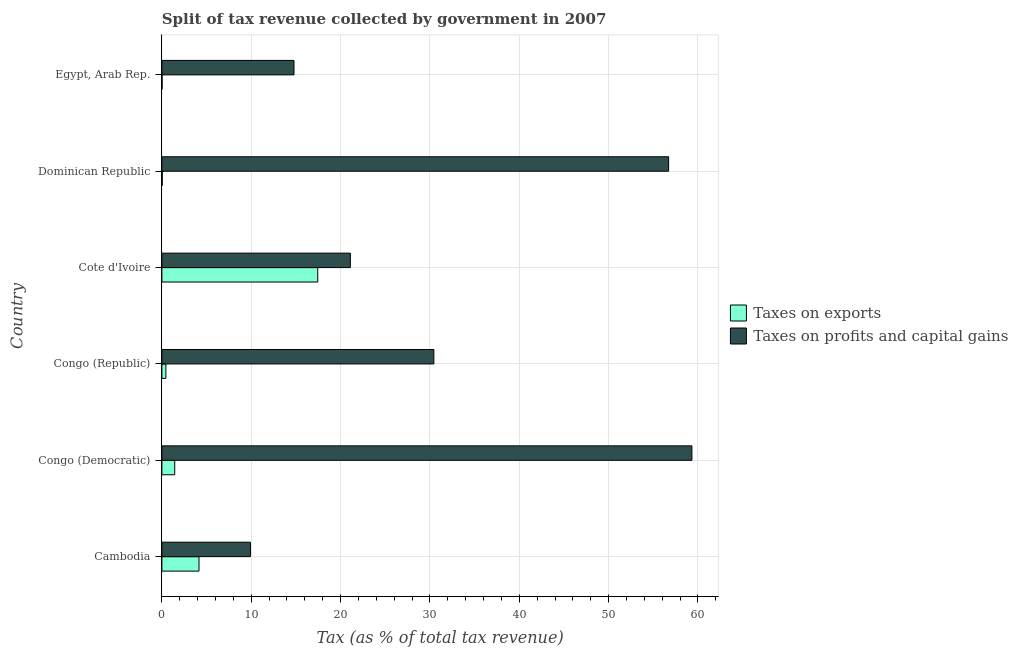
| Country | Taxes on exports | Taxes on profits and capital gains |
 | --- | --- | --- |
 | Cambodia | 4.15 | 9.91 |
 | Congo (Democratic) | 1.44 | 59.3 |
 | Congo (Republic) | 0.446 | 30.4 |
 | Cote d'Ivoire | 17.4 | 21.1 |
 | Dominican Republic | 0.038 | 56.7 |
 | Egypt, Arab Rep. | 0.0189 | 14.8 |